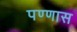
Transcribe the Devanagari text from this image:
पण्णास